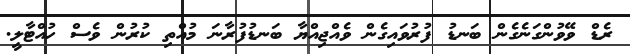
ރެޑް ވޭވުންގަނެގެން ބަނޑު ފުރުވައިގެން ވެއްޖިއްޔާ ބަނޑުފުރާނަ މުއްތި ކުރުން ވެސް ހުއްޓާލީ.